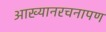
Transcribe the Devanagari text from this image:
आख्यानरचनापण